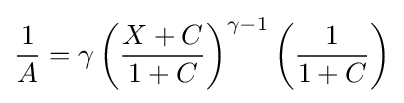
{\frac {1}{A}}=\gamma \left({\frac {X+C}{1+C}}\right)^{\gamma -1}\left({\frac {1}{1+C}}\right)